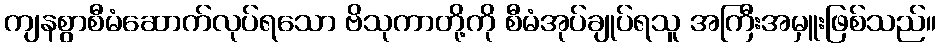
ကျနစွာစီမံဆောက်လုပ်ရသော ဗိသုကာတို့ကို စီမံအုပ်ချုပ်ရသူ အကြီးအမှူးဖြစ်သည်။